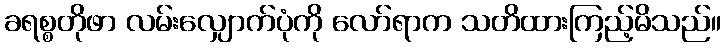
ခရစ္စတိုဖာ လမ်းလျှောက်ပုံကို လော်ရာက သတိထားကြည့်မိသည်။